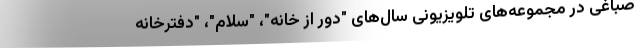
صباغی در مجموعه‌های تلویزیونی سال‌های "دور از خانه"، "سلام"، "دفترخانه